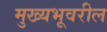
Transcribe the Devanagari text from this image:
मुख्यभूवरील